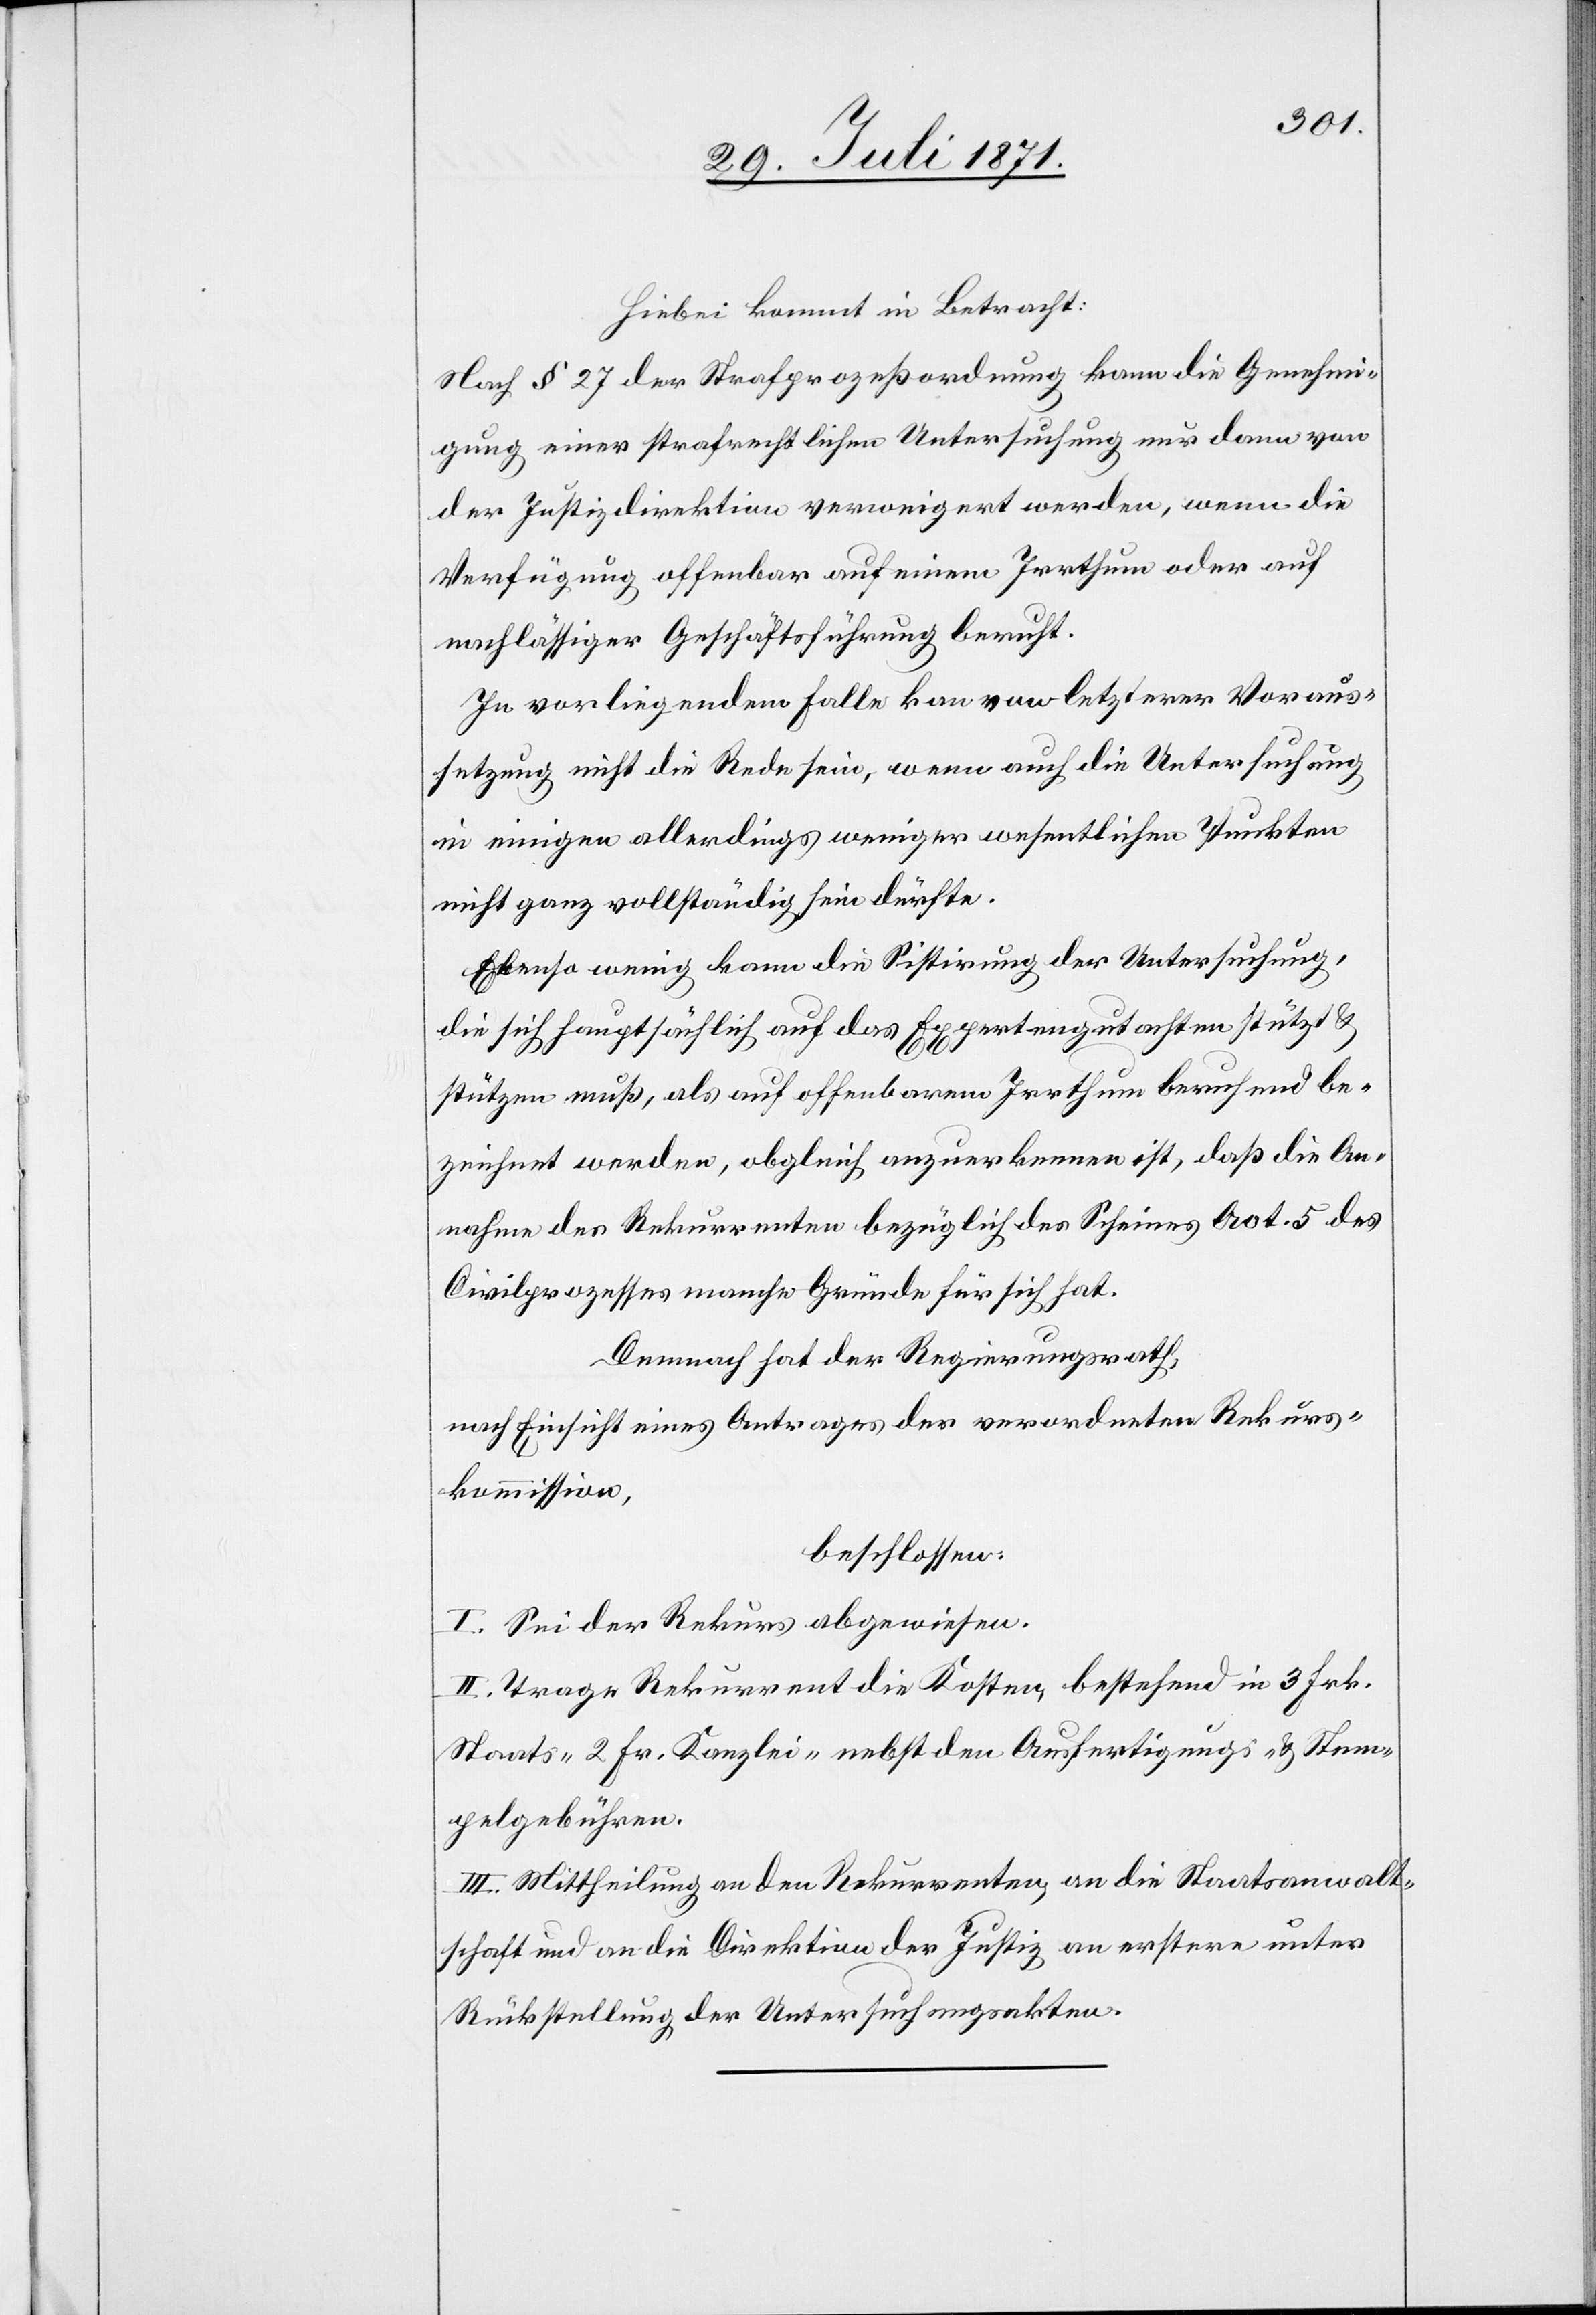
Hiebei kommt in Betracht:
Nach § 27 der Strafprozeßordnung kann die Genehmi¬
gung einer strafrechtlichen Untersuchung nur dann von
der Justizdirektion verweigert werden, wenn die
Verfügung offenbar auf einem Irrthum oder auf
nachlässiger Geschäftsführung beruht.
In vorliegendem Falle kann von letzterer Voraus¬
setzung nicht die Rede sein, wenn auch die Untersuchung
in einigen allerdings weniger wesentlichen Punkten
nicht ganz vollständig sein dürfte.
Ebenso wenig kann die Sistirung der Untersuchung,
die sich hauptsächlich auf das Expertengutachten stützt u.
stützen muß, als auf offenbarem Irrthum beruhend be¬
zeichnet werden, obgleich anzuerkennen ist, daß die An¬
nahme der Rekurrenten bezüglich des Scheines Act. 5 des
Civilprozesses manche Gründe für sich hat.
Demnach hat der Regierungsrath,
nach Einsicht eines Antrages der verordneten Rekurs¬
kommission,
beschlossen:
I. Sei der Rekurs abgewiesen.
II. Trage Rekurrent die Kosten, bestehend in 3 Frk.
Staats- 2 Fr. Kanzlei- nebst den Ausfertigungs- u. Stem¬
pelgebühren.
III. Mittheilung an den Rekurrenten, an die Staatsanwalt¬
schaft und an die Direktion der Justiz an erstere unter
Rückstellung der Untersuchungsakten.